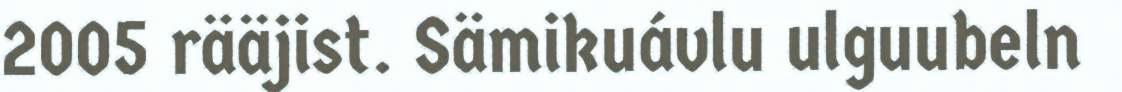
2005 rääjist. Sämikuávlu ulguubeln